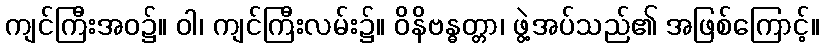
ကျင်ကြီးအဝ၌။ ဝါ၊ ကျင်ကြီးလမ်း၌။ ဝိနိဗန္ဓတ္တာ၊ ဖွဲ့အပ်သည်၏ အဖြစ်ကြောင့်။